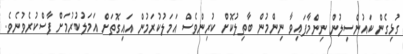
ގުޅިގެން ކައުންސިލުން ނިންމާފައިވާ ނިންމުން ބާތިލުކޮށް ކުރިންވެސް އަމަލުކުރަމުން އައިގޮތަށް އަމަލުކުރުމަށް ފާސްކުރެވުނެވެ.